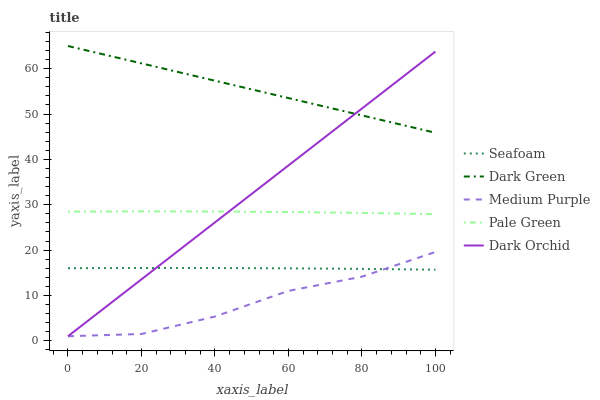
| xaxis_label | Seafoam | Dark Green | Medium Purple | Pale Green | Dark Orchid |
 | --- | --- | --- | --- | --- | --- |
 | 0 | 16 | 65 | 1 | 28.5 | 1 |
 | 20 | 16 | 61.2 | 1.5 | 28.5 | 13.6 |
 | 40 | 16 | 57.3 | 5.35 | 28.5 | 26.1 |
 | 60 | 16 | 53.5 | 11 | 28.4 | 38.7 |
 | 80 | 15.9 | 49.7 | 14.1 | 28.2 | 51.2 |
 | 100 | 15.7 | 45.9 | 19.6 | 27.9 | 63.8 |